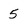
Character: 5